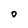
Character: 0